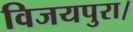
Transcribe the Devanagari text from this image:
विजयपुरा।